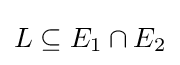
L\subseteq E_{1}\cap E_{2}